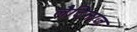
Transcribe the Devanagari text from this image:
लैटिनाज